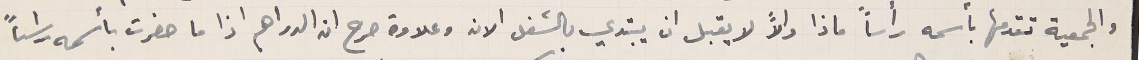
والجمعية تقدمها باسمه رأساً والاً ان يبتدي بالشغل الان وعلاوة صرح ان الدراهم اذا ما حضرت بأسمه راساً